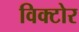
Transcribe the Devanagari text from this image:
विक्टोर